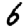
Digit: 6